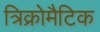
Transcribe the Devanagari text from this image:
त्रिक्रोमैटिक